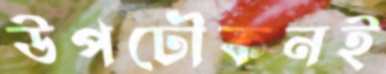
উপঢৌকনই